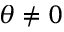
\theta \ne 0